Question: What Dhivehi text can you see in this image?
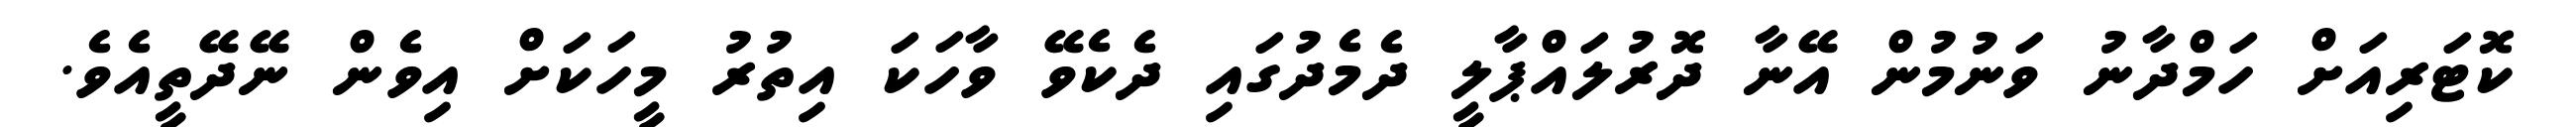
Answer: ކޮޓަރިއަށް ހަމްދާނު ވަނުމުން އޭނާ ދޮރުލައްޕާލީ ދެމެދުގައި ދެކެވޭ ވާހަކަ އިތުރު މީހަކަށް އިވެން ނޭދޭތީއެވެ.